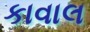
કાવાલ